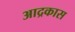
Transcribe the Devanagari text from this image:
आद्रकास